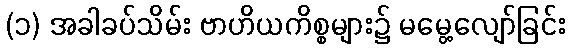
(၁) အခါခပ်သိမ်း ဗာဟိယကိစ္စများ၌ မမွေ့လျော်ခြင်း